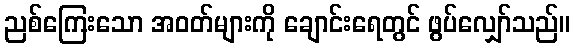
ညစ်ကြေးသော အဝတ်များကို ချောင်းရေတွင် ဖွပ်လျှော်သည်။